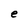
Character: e